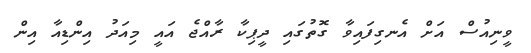
ވީނިއުސް އަށް އެނގިފައިވާ ގޮތުގައި ދީޕިކާ ރާއްޖެ އައީ މިއަދު އިންޑިއާ އިން